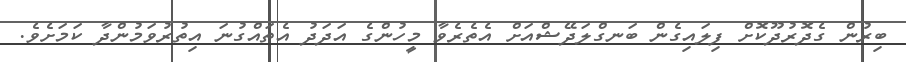
ބިރުން ގެދޮރުދޫކޮށް ފިލައިގެން ބަނގްލަދޭޝްއަށް އެތެރެވާ މީހުންގެ އަދަދު އެތައްގުނަ އިތުރުވަމުންދާ ކަމަށެވެ.